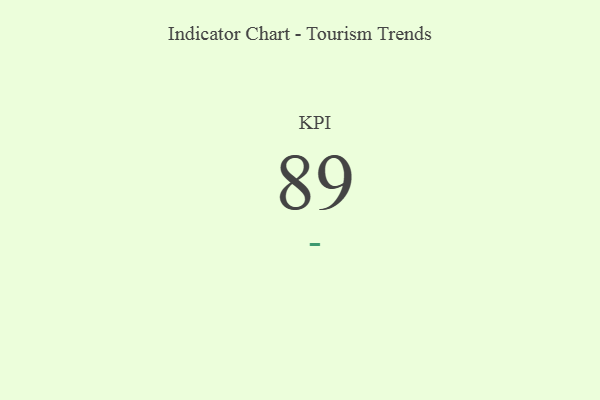
{"axis": {"x": "KPI", "y": "Value"}, "legend": [""], "data": [{"x": "KPI", "y": 89, "type": ""}]}